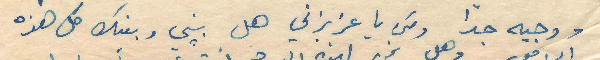
ووجيه جداً ولكن يا عزيزتي هل بيني وبينك كل هذه